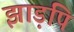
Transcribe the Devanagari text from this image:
झाड़पि